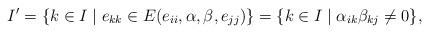
\begin{align*} I'&=\{k\in I\mid e_{kk}\in E(e_{ii},\alpha,\beta,e_{jj})\}=\{k\in I\mid \alpha_{ik}\beta_{kj}\ne 0\},\end{align*}